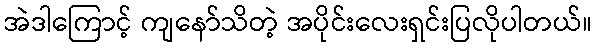
အဲဒါကြောင့် ကျနော်သိတဲ့ အပိုင်းလေးရှင်းပြလိုပါတယ်။